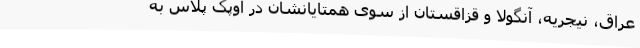
عراق، نیجریه، آنگولا و قزاقستان از سوی همتایانشان در اوپک پلاس به